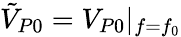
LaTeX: \tilde{V}_{P0}=V_{P0}|_{f=f_{0}}